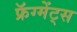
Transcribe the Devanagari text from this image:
फ्रॅग्मेंट्स